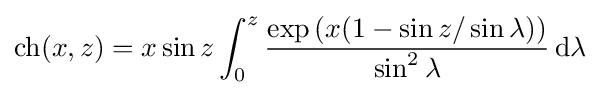
\operatorname {ch} (x,z)=x\sin z\int _{0}^{z}{\frac {\exp \left(x(1-\sin z/\sin \lambda )\right)}{\sin ^{2}\lambda }}\,\mathrm {d} \lambda